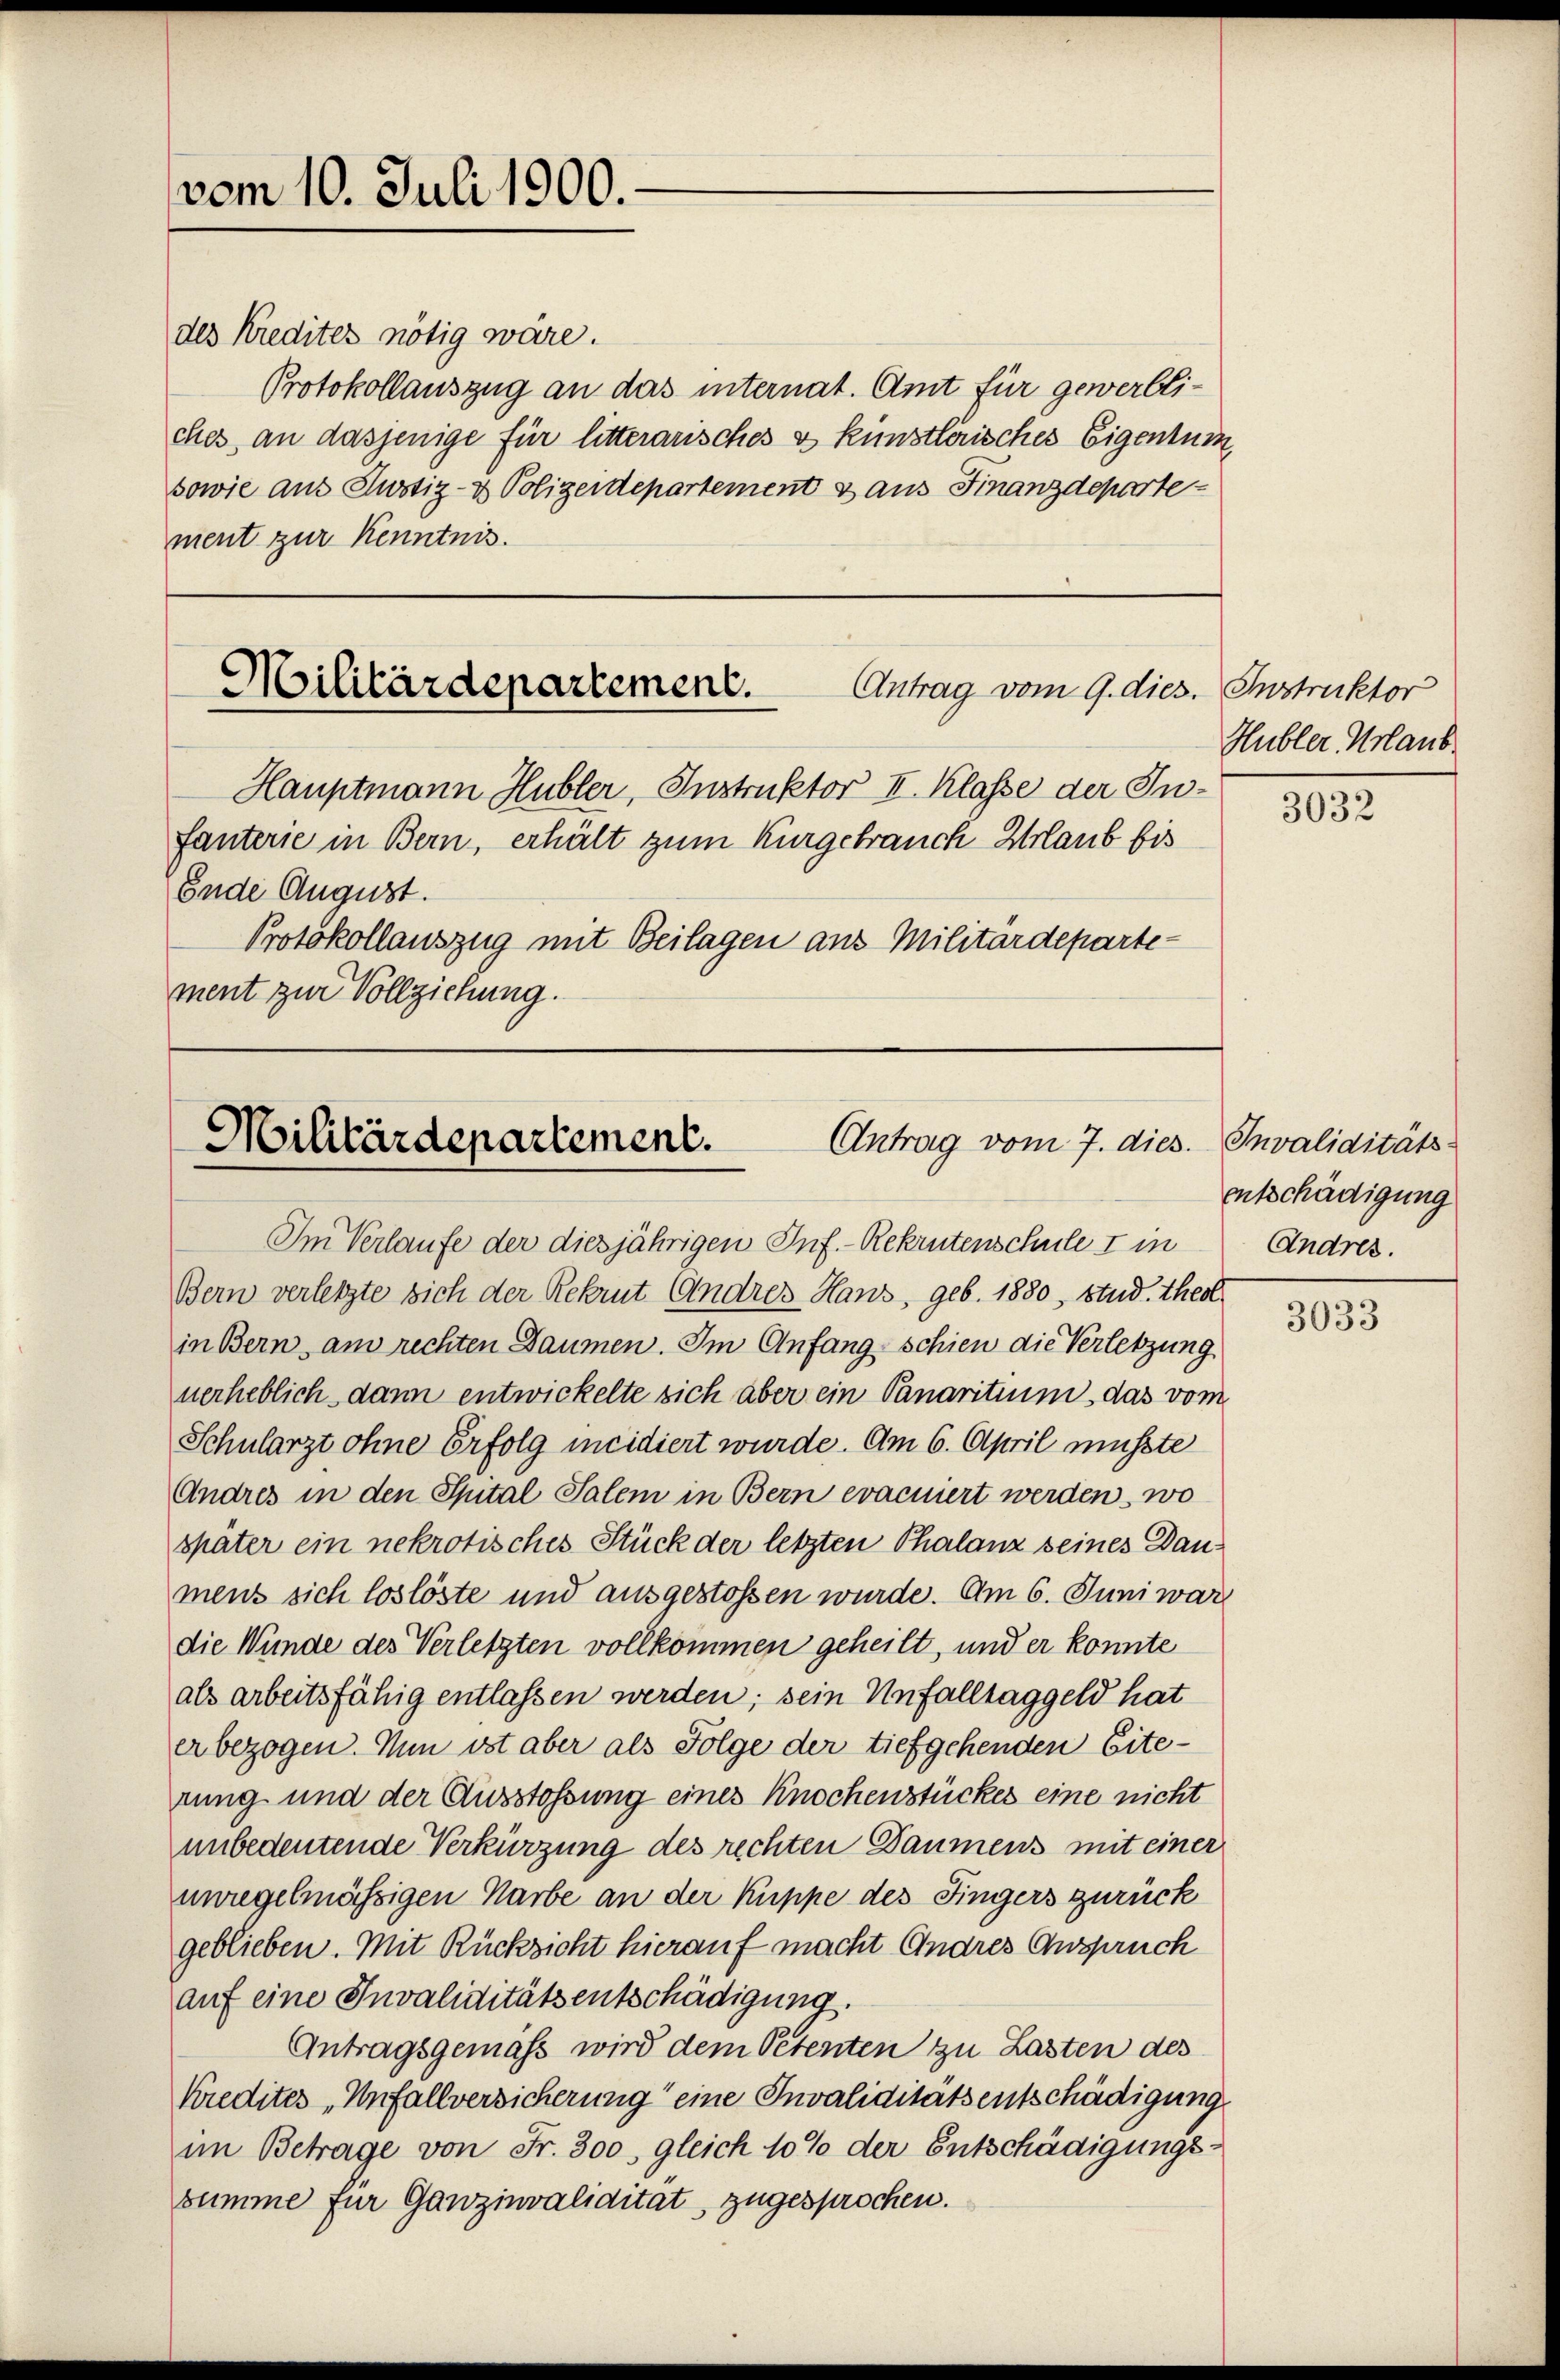
vom 10. Juli 1900.

des Kredites nötig wäre.
Protokollauszug an das internat. Amt für gewerbliches an dasjenige für litterarisches & künstlerisches Eigentum,
sowie aus Justiz- & Polizeidepartement sans Finanzdeparte
ment zur Kenntnis.

Militärdepartement.
Antrag vom 9. dies.

Ende August.
Protokollauszug mit Beilagen aus Militärdepartement zur Vollziehung.

Im Verlaufe der diesjährigen Inf.- Rekrutenschule I in
Bern verletzte sich der Rekrut Andres Haus, geb. 1880, Stud. theol
in Bern am rechten Baumen. Im Anfangschien die Verletzung
verheblich dann entwickelte sich aber ein Panaritium, das vom
Schularzt ohne Erfolg incidiert wurde. Am 6. April musste
Andres in den Spital Salem in Bern evacuiert werden, wo
später ein nekrotisches Stück der letzten Thalanz seines Daumens sich loslöste und ausgestossen wurde. Am 6. Juni war
die Wunde des Verletzten vollkommen geheilt, und er konnte
als arbeitsfähig entlassen werden; sein Unfalltaggeld hat
er bezogen. Nun ist aber als Folge der tiefgehenden Eiterung und der Ausstossung eines Knochenstückes eine nicht
unbedeutende Verkürzung des rechten Daumens mit einer
unregelmässigen Marbe an der Kuppe des Fingers zurück
geblieben. Mit Rücksicht hierauf macht Andres Anspruch
auf eine Invaliditätsentschädigung.
Antragsgemäss wird dem Petenten zu Lasten des
Kredites „Unfallversicherung eine Invaliditätsentschädigung
im Betrage von Fr. 300, gleich 10% der Entschädigungs-
summe für Ganzinvalidität, zugesprochen.

Hauptmann Hubler, Instruktor II. Klasse der Infanterie in Bern, erhält zum Kurgebrauch Urlaub bis

Antrag vom 7. dies. Invaliditäts-
Militärdepartement.

Instruktor
Hubler Urlaub.

3032

entschädigung
Andres.

3033